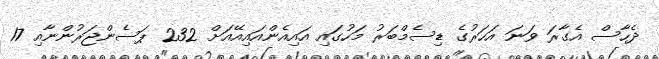
ދެހާސް އެގާރަ ވަނަ އަހަރުގެ ޑިސެމްބަރު މަހުގައި އައިއެންއައިއޭއަށް 232 ޕަސެންޖަރުންނާއި 17